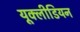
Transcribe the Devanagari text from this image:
यूक्लीडियन